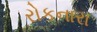
રોકનારા